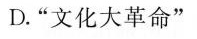
D.”文化大革命”